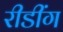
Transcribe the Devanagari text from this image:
रीडींग